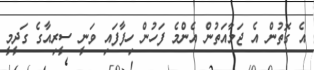
އެ ގޮތުން އެ ޖަމާއަތުން އެންމެ ފަހުން ހިފާފައި ވަނީ ސީރިއާގެ ގަދީމީ